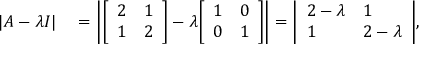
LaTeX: \begin{array} { r l } { | A - \lambda I | } & { { } = \left| { \left[ \begin{array} { l l } { 2 } & { 1 } \\ { 1 } & { 2 } \end{array} \right] } - \lambda { \left[ \begin{array} { l l } { 1 } & { 0 } \\ { 0 } & { 1 } \end{array} \right] } \right| = { \left| \begin{array} { l l } { 2 - \lambda } & { 1 } \\ { 1 } & { 2 - \lambda } \end{array} \right| } , } \end{array}